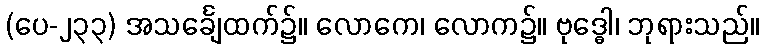
(ပေ-၂၃၃) အသင်္ချေထက်၌။ လောကေ၊ လောက၌။ ဗုဒ္ဓေါ၊ ဘုရားသည်။